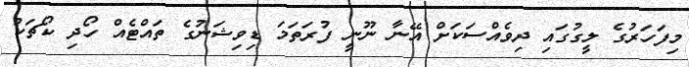
މިފަހަރުގެ ލީގުގައި ދިވެެއްސަކަށް އޭނާ ނޫނީ ފުރަތަމަ ޑިވިޝަނުގެ ތައްޓެއް ހޯދި ކޯޗަކު